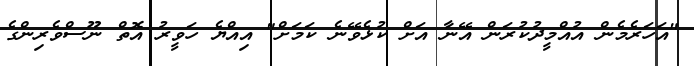
"އަހަރެމެން އުއްމީދުކުރަން އޭނާ އަށް ކުޅެވޭނެ ކަމަށް" އިއްޔެ ހަވީރު އޮތް ނޫސްވެރިންގެ